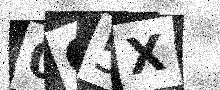
Text: 0G5X